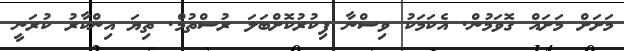
މަށަށް މަށައް ގޮވަމުން. އެކަމަކު ވިސްނާ ފިކުރުކޮށްބަލަ ރުސްތުމް. ތިޔަ އިންކާރު ކުރަނީ